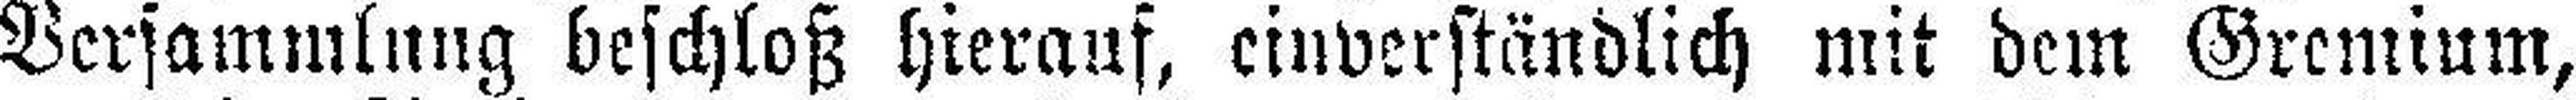
Versammlung beschloß hierauf, einverständlich mit dem Gremium,